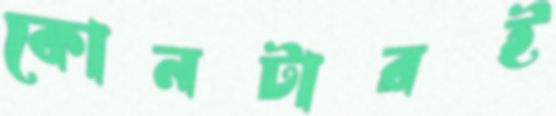
কোনটারই